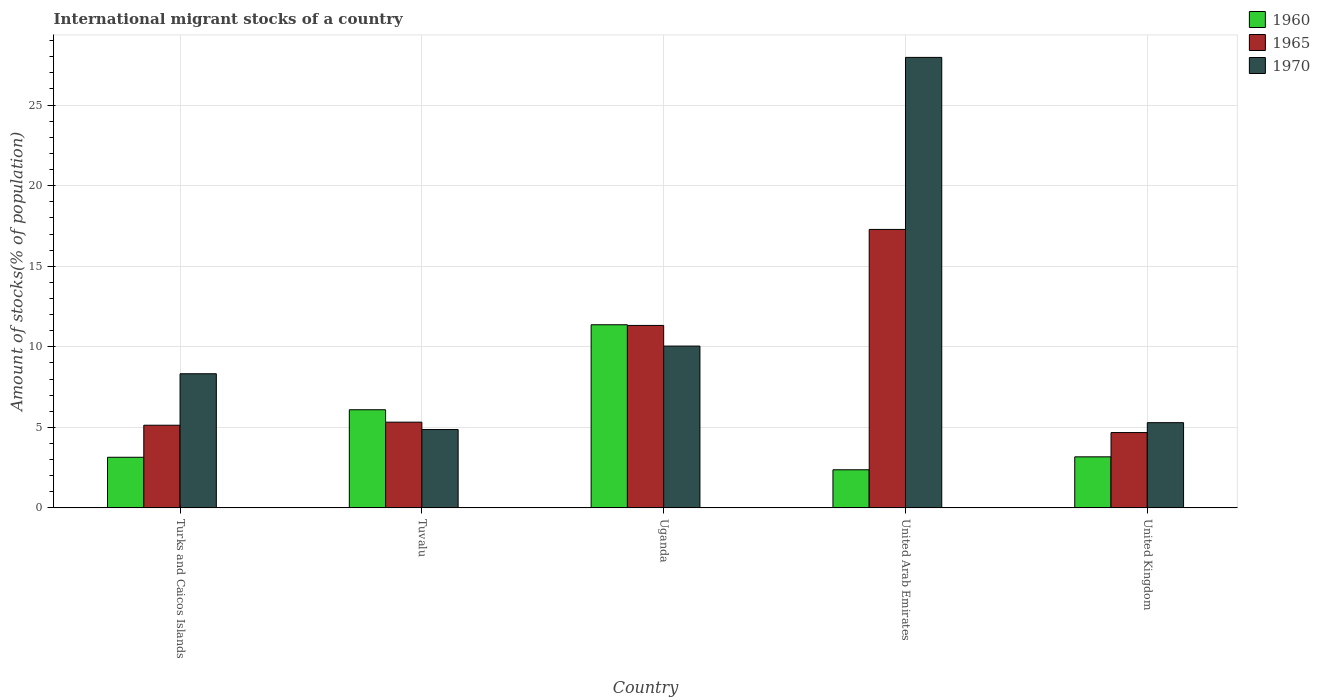
| Country | 1960 | 1965 | 1970 |
 | --- | --- | --- | --- |
 | Turks and Caicos Islands | 3.14 | 5.13 | 8.33 |
 | Tuvalu | 6.09 | 5.32 | 4.87 |
 | Uganda | 11.4 | 11.3 | 10 |
 | United Arab Emirates | 2.37 | 17.3 | 28 |
 | United Kingdom | 3.17 | 4.68 | 5.29 |